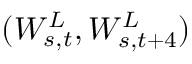
( W _ { s , t } ^ { L } , W _ { s , t + 4 } ^ { L } )